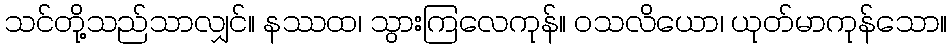
သင်တို့သည်သာလျှင်။ နဿထ၊ သွားကြလေကုန်။ ဝသလိယော၊ ယုတ်မာကုန်သော။